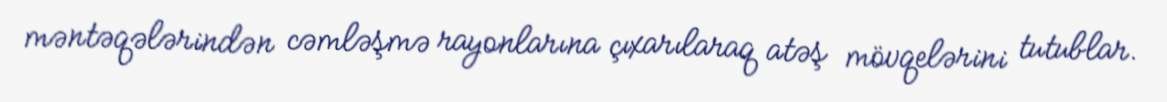
məntəqələrindən cəmləşmə rayonlarına çıxarılaraq atəş mövqelərini tutublar.